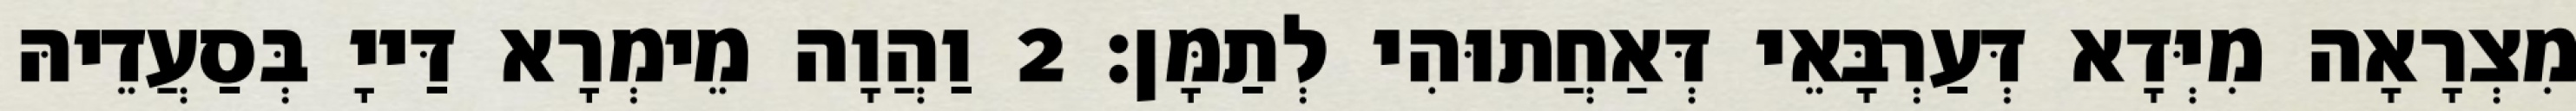
מִצְרָאָה מִיְּדָא דְּעַרְבָּאֵי דְּאַחֲתוּהִי לְתַמָּן׃ 2 וַהֲוָה מֵימְרָא דַּייָ בְּסַעֲדֵיהּ